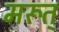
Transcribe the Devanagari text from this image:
मरूत्